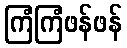
ကြံကြံဖန်ဖန်